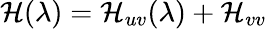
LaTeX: \mathcal{H}(\lambda)=\mathcal{H}_{uv}(\lambda)+\mathcal{H}_{vv}